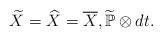
LaTeX: \begin{align*}\widetilde{X} = \widehat{X} = \overline{X} , \widetilde{\mathbb{P}}\otimes dt .\end{align*}